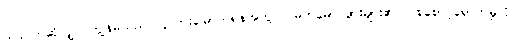
ယခင်ကဆိုလျှင် ကျွန်မသည် လူလားမြောက်ရန်အတွက် မိဘမောင်ဖွားများ၏ ပြုစုစောင့်ရှောက်မှုကို